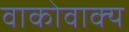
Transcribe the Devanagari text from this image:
वाकोवाक्य